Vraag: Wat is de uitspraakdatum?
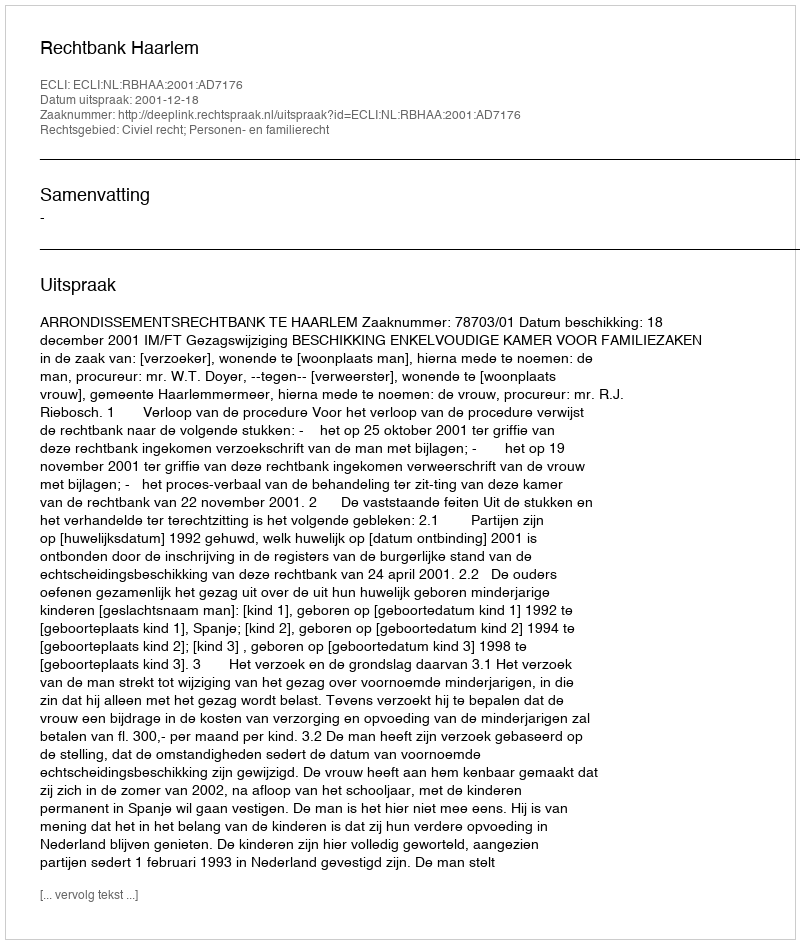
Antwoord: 2001-12-18